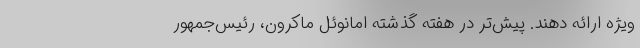
ویژه ارائه دهند. پیش‌تر در هفته گذشته امانوئل ماکرون، رئیس‌جمهور